Vaccination United Provinces of Agra and Oudh 1914-1922 - 1914-1922
Year: 1914
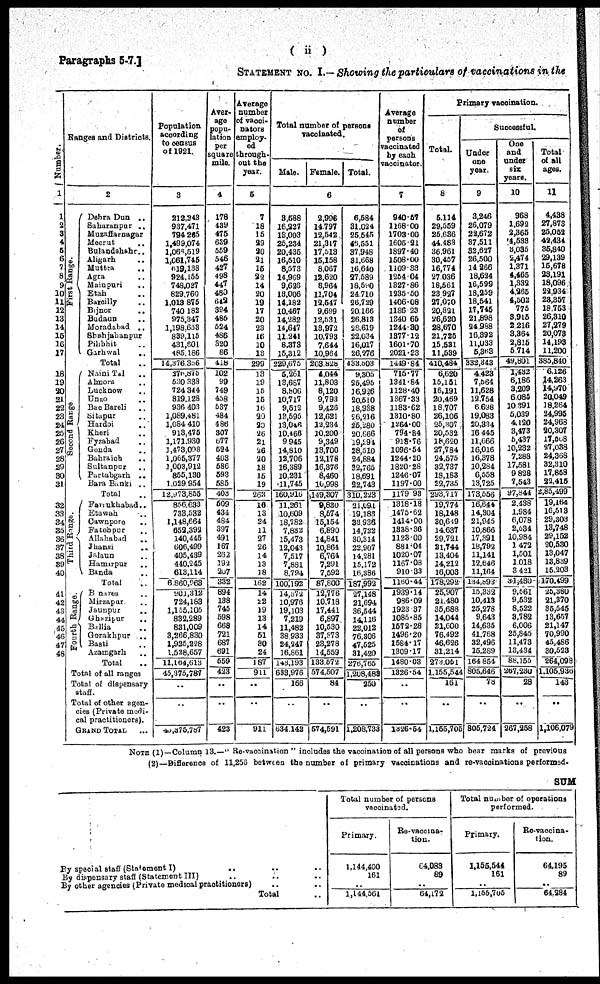
( ii )
Paragraphs 5-7.]
STATEMENT NO. I.— Showing the particulars of vaccinations in the
Number.
1
1
2
3
4
5
6
7
8
9
10
11
12
13
14
15
16
17
18
19
20
21
22
23
24
25
26
27
28
29
30
31
32
33
34
35
36
37
38
39
40
41
42
43
44
45
46
47
48
Ranges and Districts.
2
First Range.
Second Range
Third Range.
Fourth Range.
Dehra Dun
..
Saharanpur ..
Muzaffarnagar
Meerut ..
Bulandshahr ..
Aligarh ..
Muttra ..
Agra ..
Mainpuri ..
Etah ..
Bareilly ..
Bijnor
..
Budaun ..
Moradabad
..
Shahjahanpur
Pilibhit ..
Garhwal
..
Total ..
Naini Tal ..
Almora ..
Lucknow ..
Unao ..
Rae Bareli ..
Sitapur ..
Hardoi ..
Kheri ..
Fyzabad ..
Gonda ..
Bahraich ..
Sultanpur ..
Partabgarh
..
Bara Banki ..
Total ..
Farukhabad ..
Etawah ..
Cawnpore ..
Fatehpur ..
Allahabad
..
Jhang ..
Jalaun ..
Hamirpur ..
Banda ..
Total ..
Benares ..
Mirzapur ..
Jaunpur ..
Ghazipur
..
Ballia ..
Gorakhpur
..
Basti ..
Azamgarh ..
Total ..
Total of all ranges
Total of dispensary
staff.
Total of other agen¬
cies (Private medi-
cal practitioners).
GRAND TOTAL ...
Population
according
to census
of 1921.
3
212,343
937,471
794,265
1,499,074
1,065,519
1,061,745
619,138
924,155
748,027
829,760
1,013,875
740,182
975,347
1,198,653
839,115
431,601
485,186
14,376,356
276,875
530,338
724,344
819,128
936,403
1,089,481
1,084,410
913,475
1,171,930
1,473,008
1,065,377
1,003,912
855,130
1,029,954
12,973,855
856,633
733,532
1,148,664
652,392
140,445
506,499
405,439
440,245
613,114
6,860,963
901,312
724,183
1,155,105
832,289
831,009
3,266,830
1,925,228
1,528,657
11,164,613
45,375,787
..
..
45,375,787
Aver¬
age
popu-
lation
per
square
mile.
4
178
439
475
639
559
546
427
498
447
480
642
394
485
524
485
320
86
418
102
99
749
458
537
484
486
307
577
524
403
586
593
585
403
509
434
484
397
491
167
262
192
207
332
894
138
745
598
668
721
687
691
559
423
..
..
423
Average
number
of vacci¬
nators
employ-
ed
through-
out the
year.
5
7
18
15
29
20
21
15
22
14
20
19
17
20
23
16
10
13
299
13
19
15
15
16
20
20
26
21
26
20
18
15
19
263
16
13
24
11
27
26
14
13
18
162
14
22
19
13
14
51
30
24
187
911
..
..
911
Total number of persons
vaccinated.
Male.
Female. Total.
6
3,588
16,227
18,003
25,234
20,435
16,510
8,573
14,969
9,626
13,006
14,182
10,467
14,282
14,647
11,241
8,373
15,312
229,675
5,261
13,687
8,806
10,717
9,512
13,595
13,046
10,466
9,945
14,810
12,706
16,389
10,231
11,745
160,916
11,261
10,609
18,782
7,832
15,473
12,043
7,517
7,881
8,794
100,192
14,372
10,976
19,103
7,219
11,482
38,933
24,247
16,861
143,193
633,976
166
..
634,142
2,996
14,797
12,542
21,317
17,513
15,158
8,067
12,620
8,964
11,704
12,547
9,699
12,531
13,972
10,793
7,644
10,964
203,828
4,044
11,803
8,120
9,793
9,426
12,621
12,234
10,200
9,349
13,700
12,178
16,376
8,460
10,998
149,307
9,830
8,574
15,154
6,890
14,841
10,864
6,764
7,291
7,592
87,800
12,776
10,718
17,441
6,897
10,530
37,373
23,278
14,559
133,572
574,507
84
..
574,591
6,584
31,024
25,545
46,551
37,948
31,668
16,640
27,589
18,590
24,710
26,729
20,166
26,813
28,619
22,034
16,017
26,276
433,503
9,305
25,495
16,926
20,510
18,938
26,216
25,280
20,666
19,294
28,510
24,884
32,765
18,691
22,743
310,223
21,091
19,183
33,936
14,722
30,314
22,907
14,281
15,172
16,386
187,992
27,148
21,694
36,544
14,116
22,012
76,306
47,525
31,420
276,765
1,208,483
250
..
1,208,733
Average
number
of
persons
vaccinated
by each
vaccinator.
7
940.57
1168.00
1703.00
1605.21
1897.40
1508.00
1109.33
1254.04
1327.86
1235.50
1406.08
1186.23
1340.65
1244.30
1377.12
1601.70
2021.23
1449.84
715.77
1341.84
1128.40
1367.33
1183.62
1310.80
1264.00
794.84
918.76
1096.54
1244.20
1820.28
1246.07
1197.00
1179.93
1318.18
1475.62
1414.00
1338.36
1123.00
881.04
1020.07
1167.08
910.33
1160.44
1939.14
986.09
1923.37
1085.85
1572.28
1496.20
1584.17
1309.17
1480.03
1326.54
..
..
1326.54
Primary vaccination.
Total.
8
5,114
29,559
25,636
44,483
36,961
30,457
16,774
27,036
18,561
23,927
27,070
20,821
26,620
28,670
21,725
15,531
11,539
410,484
6,620
15,151
16,191
20,469
18,707
26,106
25,307
20,532
18,620
27,784
24,575
32,737
18,183
22,735
293,717
19,774
18,148
30,649
14,637
29,721
21,744
13,404
14,212
16,003
178,292
25,907
21,480
35,688
14,044
21,600
76,492
46,626
31,214
273,051
1,155,544
161
..
1,155,705
Successful.
Under
one
year.
9
3,246
26,079
22,672
37,511
32,627
26,500
14,266
18,624
16,599
18,259
18,541
17,745
21,898
24,988
16,392
11,033
5,363
332,343
4,423
7,564
11,628
12,754
6,698
19,083
20,334
16,445
11,666
16,016
16,378
10,284
6,558
13,725
173,556
16,644
14,304
21,945
10,866
17,391
18,792
11,141
12,646
11,164
134,893
15,332
10,413
25,278
9,643
14,635
41,768
32,496
16,289
164,854
805,646
78
..
805,724
One
and
under
six
years.
10
968
1,692
2,365
4,533
8,035
2,474
1,371
4,465
1,332
4,265
4,502
775
3,915
2,216
3,364
2,815
5,714
49,801
1,432
6,186
3,209
6,085
10,391
5,039
4,120
3,473
5,437
10,232
7,288
17,581
9,828
7,543
97,844
2,438
1,984
6,078
2,534
10,984
1,472
1,501
1,018
3,421
31,430
9,561
9,532
8,522
3,782
6,006
25,845
11,473
13,434
88,155
257,230
28
..
267,258
Total
of all
ages.
11
4,438
27,873
25,052
42,434
35,840
29,139
15,678
23,191
18,096
22,934
23,357
18,753
26,310
27,279
20,073
14,198
11,200
385,840
6,126
14,263
14,370
20,049
18,264
24,995
24,968
20,307
l7,508
27,038
24,368
32,310
17,858
22,415
2,85,499
19,164
16,513
29,303
13,748
29,152
20,530
13,047
13,839
15,203
170,499
25,380
21,370
35,545
13,657
21,147
70,990
45,486
30,523
264,098
1,105,936
143
..
1,106,079
NOTE (1)—Column 13.—"Re-vaccination" includes the vaccination of all persons who bear marks of previous
(2) — Difference of 11,256 between the number of primary vaccinations and re-vaccinations performed.
SUM
By special staff(Statement I) .. .. ..
By dispensary staff (Statement III) .. .. ..
By other agencies (Private medical practitioners) .. ..
Total ..
Total number of persons
vaccinated.
Primary.
1,144,400
161
..
1,144,561
Re-vaccina¬
tion.
64,083
89
..
64,172
Total number of operations
performed.
Primary.
1,156,544
161
..
1,155,705
Re-vaccina¬
tion.
64,195
89
..
64,284